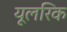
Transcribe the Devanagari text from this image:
यूलरिक